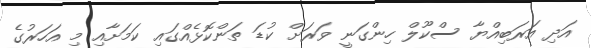
އަދި އަރަބިއްޔާ ސްކޫލް ހިންގަނީ ވަރަށް ކުޑަ ތަންކޮޅެއްގައި ކަމަށާއި މި އަހަރުގެ